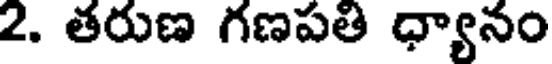
2. తరుణ గణపతి ధ్యానం